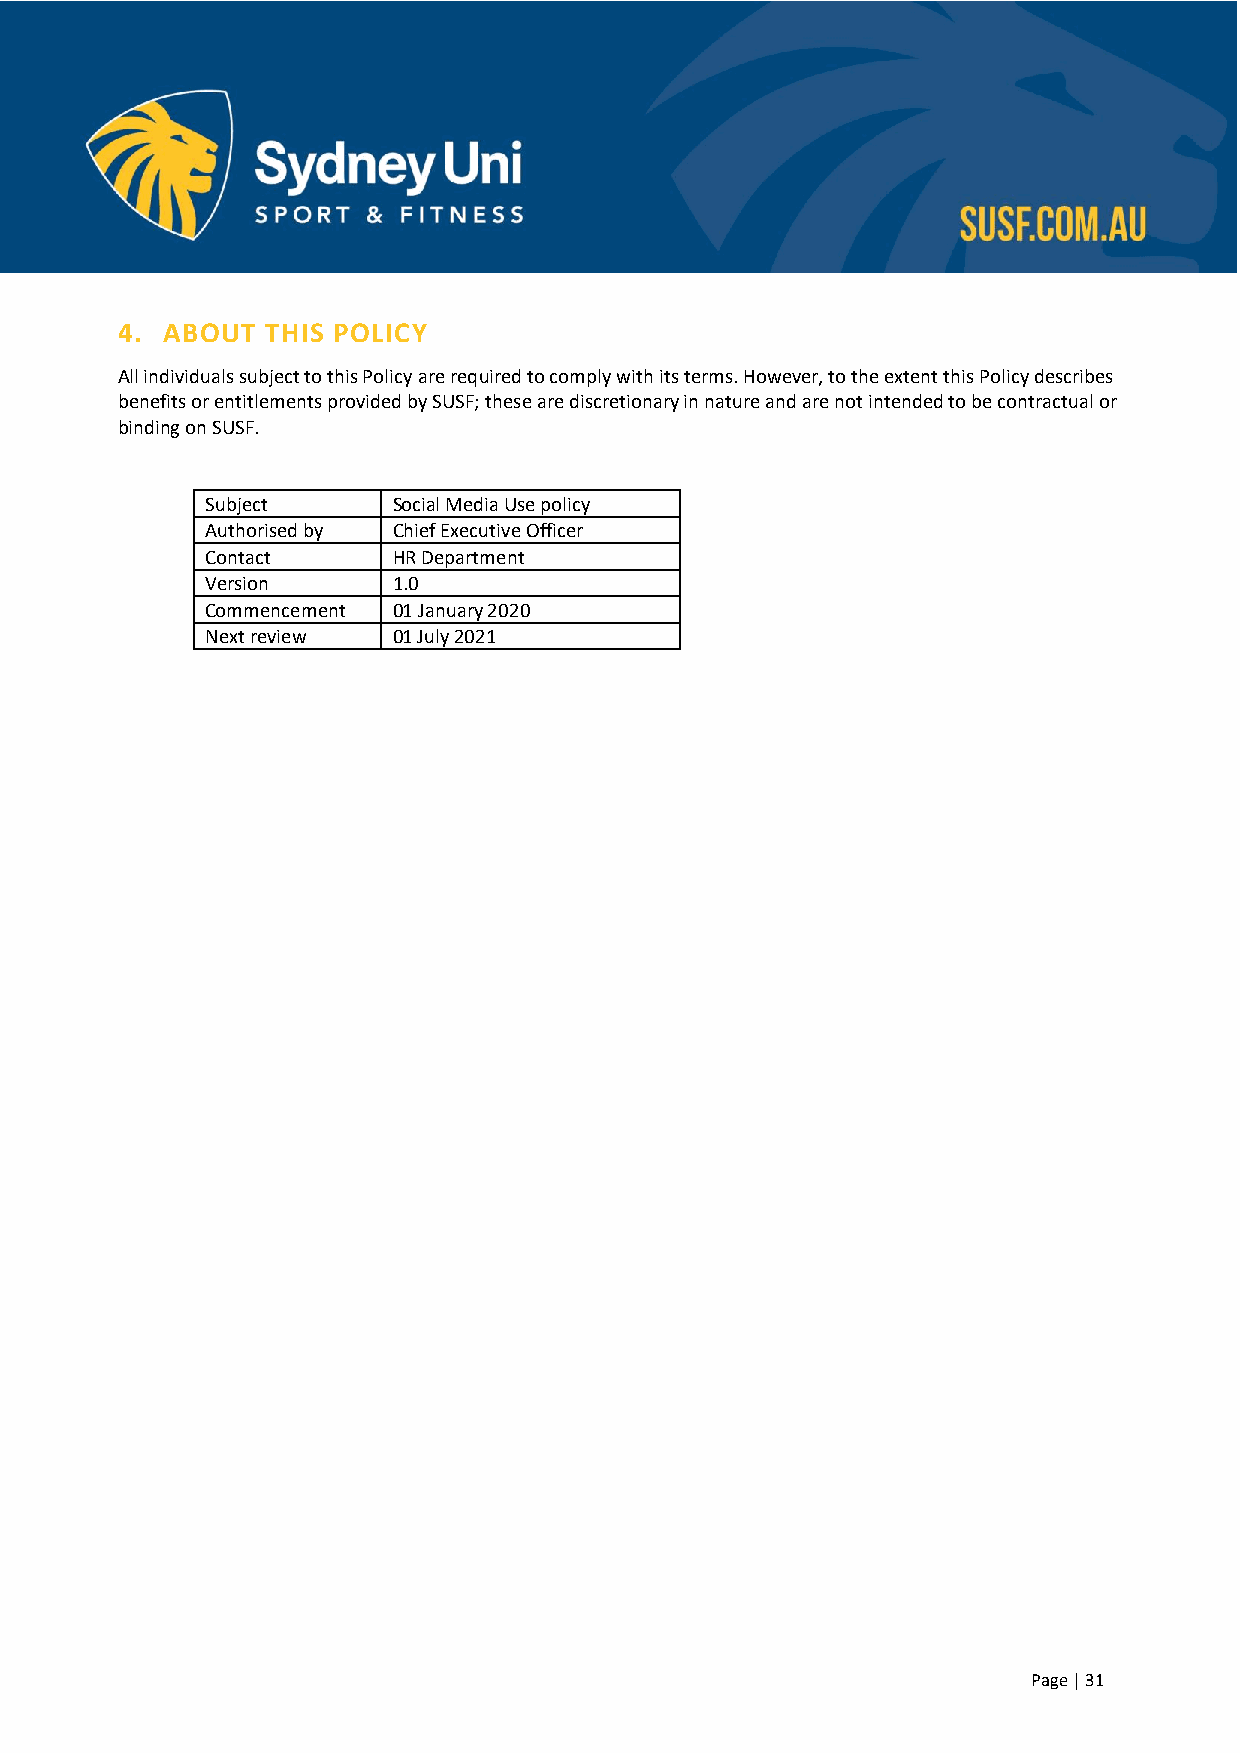
4. ABOUT  THIS POLICY
 All individuals subject to this Policy are required to comply with its terms. However, to the extent this Policy describes
 benefits or entitlements provided by SUSF; these are discretionary in nature and are not intended to be contractual or
 binding on SUSF.
 Subject     Social Media Use policy
 Authorised by Chief Executive Officer
 Contact     HR Department
 Version     1.0
 Commencement 01 January 2020
 Next review 01 July 2021
 Page | 31